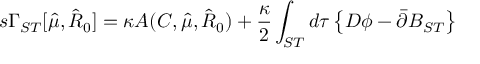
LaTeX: s \Gamma _ { S T } [ \hat { \mu } , \hat { R } _ { 0 } ] = \kappa { \cal A } ( C , \hat { \mu } , \hat { R } _ { 0 } ) + \frac { \kappa } { 2 } \int _ { S T } d \tau \left\{ D \phi - \bar { \partial } B _ { S T } \right\}